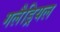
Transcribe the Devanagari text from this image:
गलैड्रियल